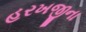
હરખજીના